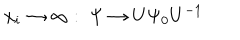
x _ { i } \rightarrow \infty : \; \Psi \rightarrow U \Psi _ { 0 } U ^ { - 1 }